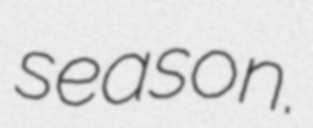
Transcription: season.